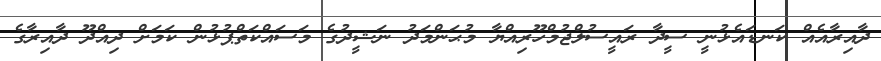
ދާއިރާއެއް ކަނޑައެޅުނީ ސީދާ ރައީސުލްޖުމްހޫރިއްޔާ މުޙަންމަދު ނަޝީދުގެ މަސައްކަތްޕުޅުން ކަމަށް ދިއްދޫ ދާއިރާގެ